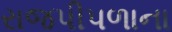
રાજપીપળાના